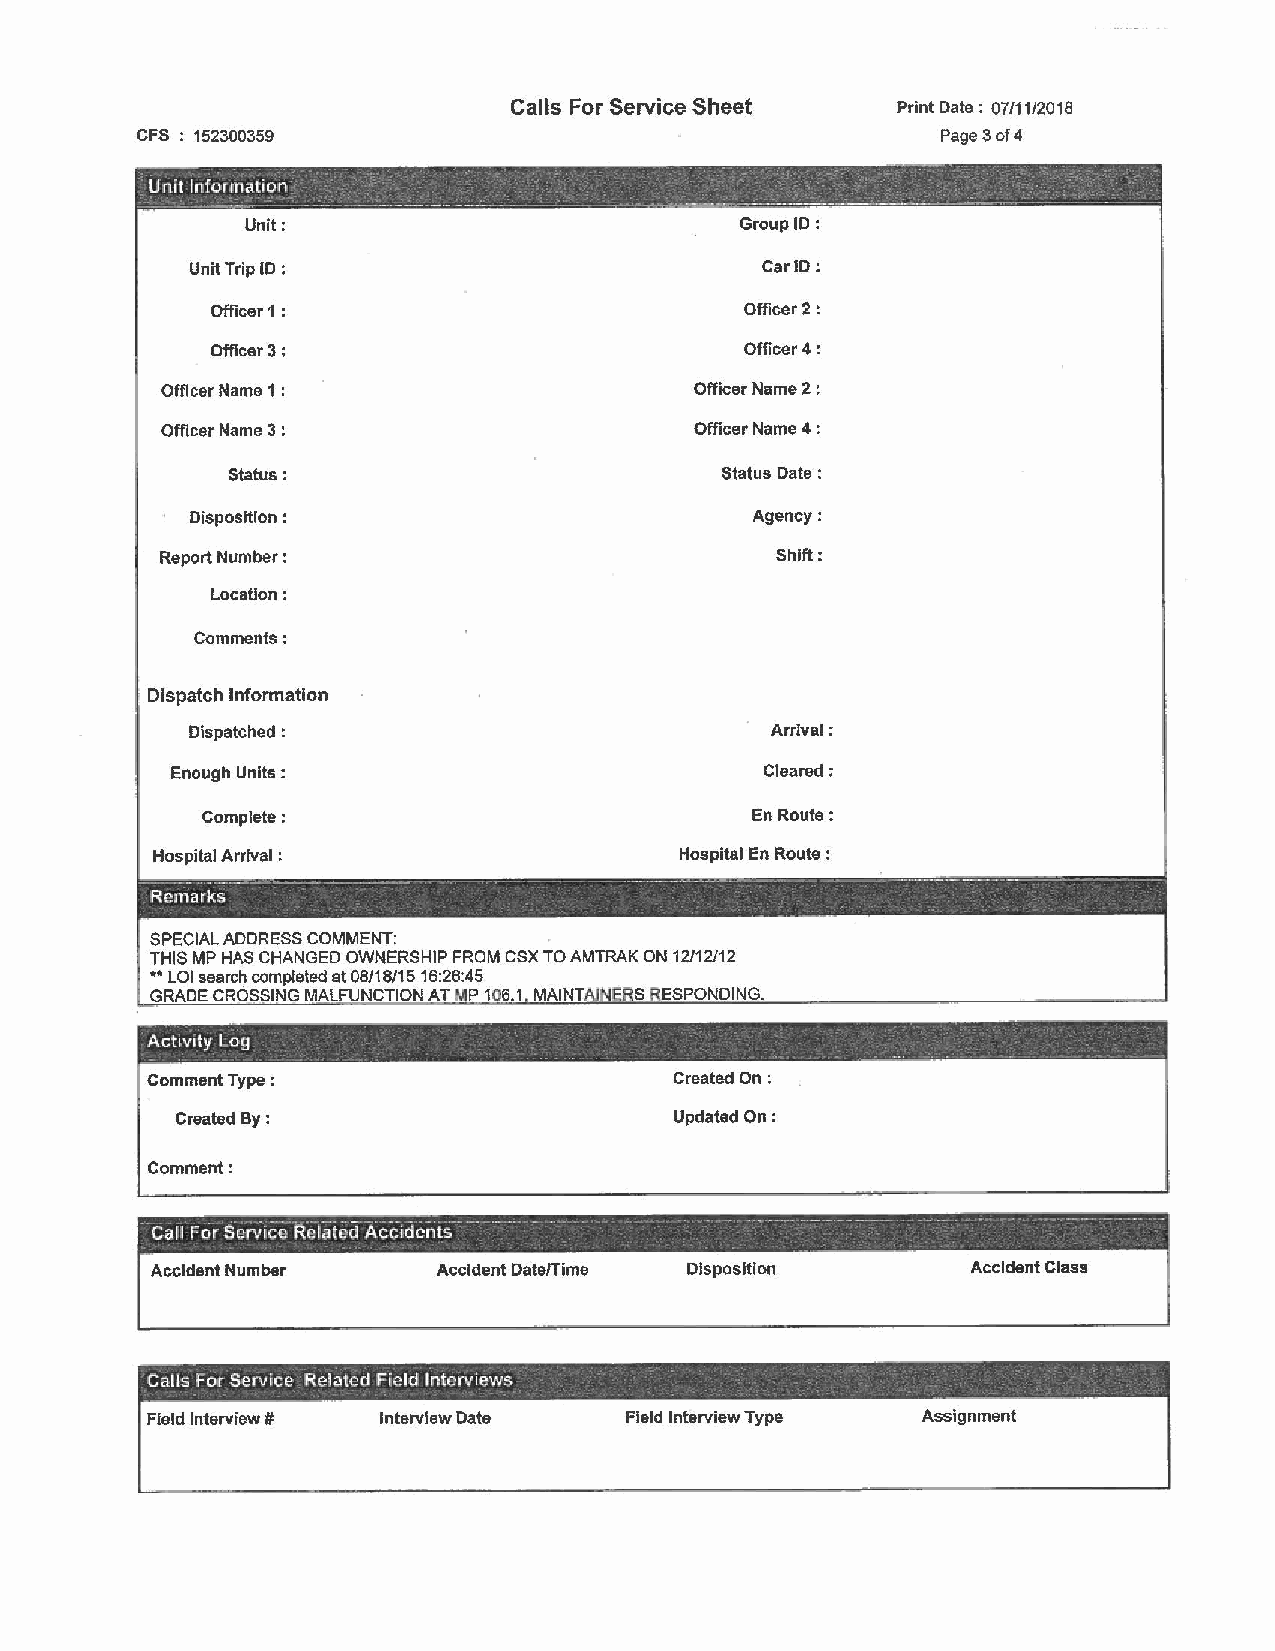
Calls For Service Sheet  Print Date : 07/11/2018
 CFS 152300359                                        Page 3 of 4
 ~_Unit lnforrnation_ .:_ : - ._~- ~ - - -- _ -- - _-:"_ -._ -.- _.· ~ -_ .. : : ·
 - - _ __,~-· .,... ---- ----_ - ·-------- - - --- ................... - ~-- ... _,_ ---------- - ------.-<. - ·---· ·•· -- -
 Unit:                            Group ID:
 Unit Trip ID :                        Car JD:
 Officer 1 :                        Officer 2:
 Officer 3:                         Officer 4:
 Officer Name 1 :                   Officer Name 2 :
 Officer Name 3 :                   Officer Name 4 :
 Status:                          Status Date :
 Disposition :                         Agency:
 Report Number:                          Shift:
 Location:
 Comments:
 Dispatch Information
 Dispatched :                           Arrival:
 Enough Units :                          Cleared;
 Complete:                            En Route:
 Hospital Arrival :                 Hospital _E_n Route :
 -- -- -- .--"~--~ - ~-- - -·--- . . - ----~....;;-.. ~ -----....:;--... ~--· - -- - -·-···---------- --~ -~--- -
 Remarks
 SPECIAL ADDRESS COMMENT:
 THIS MP HAS CHANGED OWNERSHIP FROM CSX TO AMTRAK ON 12/12/12
 ... LOI search completed at 08/18/15 16:26:45
 GRADE CROSSING MALFUNCTION AT JIP 106.1 MAIN! ES.PQf\lQIN.G..
 -                                                 -
 Activity Log
 -                 -- - - - _:_ - ·        .  -   -·     . .    .   .
 Comment Type :                     Created On:
 Created By:                      Updated On:
 · Comment:
 --Cal I Fcir s·orvice"Related Accidents·· -- -- - . . -.- .. ···-· ----------- . ---. . . . .. --... - - -- -
 1
 -                   -
 Accident Number    Accident Date/Time Disposition     Accident Class
 Calls For Service Related Field Interviews ·  -                 -
 Field Interview # Interview Date Field Interview Type Assignment